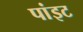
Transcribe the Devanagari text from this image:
पांइट